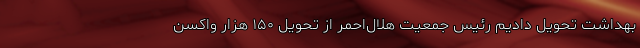
بهداشت تحویل دادیم رئیس جمعیت هلال‌احمر از تحویل ۱۵۰ هزار واکسن‌